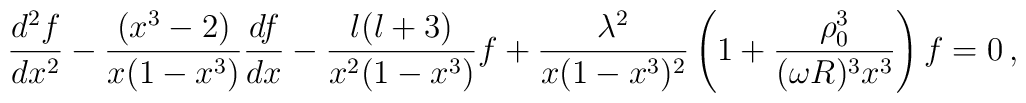
\frac{d^2 f}{d x^2}  - \frac{(x^3-2)}{x (1-x^3)} \frac{d f}{d x} - \frac{l(l+3)}{ x^2 (1-x^3)} f +\frac{\lambda^2}{x (1-x^3)^2}\left( 1 + \frac{\rho_0^3}{(\omega R)^3x^3}\right) f =0\,,